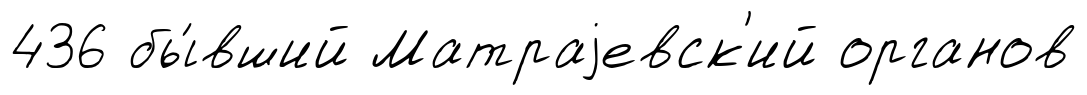
436 бы́вший Матраjевск'ий органов